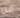
من